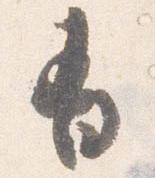
有